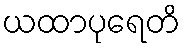
ယထာပုရေတိ